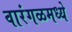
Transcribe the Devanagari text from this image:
वारंगळमध्ये